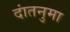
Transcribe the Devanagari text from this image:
दांतनुमा